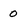
Character: 0